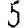
Digit: 5